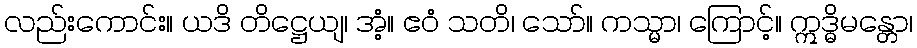
လည်းကောင်း။ ယဒိ တိဋ္ဌေယျ၊ အံ့။ ဧဝံ သတိ၊ သော်။ ကသ္မာ၊ ကြောင့်။ ဣဒ္ဓိမန္တော၊